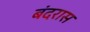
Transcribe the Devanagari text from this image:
बंदरास